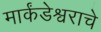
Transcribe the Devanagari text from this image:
मार्कंडेश्वराचे